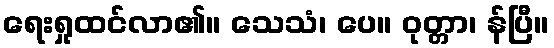
ရေးရှုထင်လာ၏။ သေသံ၊ ပေ။ ဝုတ္တာ၊ န်ပြီ။